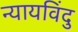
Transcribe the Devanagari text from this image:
न्यायविंदु